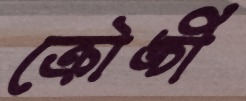
ক্রৌঙ্চী